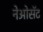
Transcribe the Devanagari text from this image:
नेओसॅट